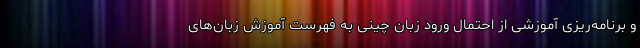
و برنامه‌ریزی آموزشی از احتمال ورود زبان چینی به فهرست آموزش زبان‌های